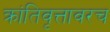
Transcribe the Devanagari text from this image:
क्रांतिवृत्तावरच